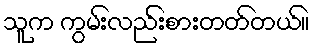
သူက ကွမ်းလည်းစားတတ်တယ်။